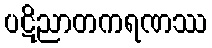
ပဋိညာတကရဏဿ